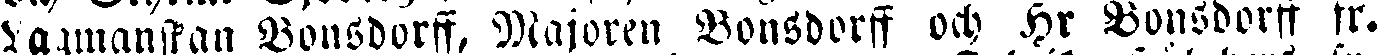
samanskan Vonsdorff, Majoren Vonsdorff och Hr Vonsdorff fr.